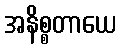
အနိစ္စတာယေ